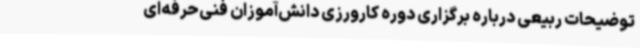
توضیحات ربیعی درباره برگزاری دوره کارورزی دانش‌آموزان فنی‌حرفه‌ای